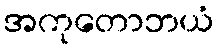
အကုတောဘယံ